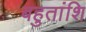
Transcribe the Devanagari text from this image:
बहुतांशि